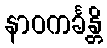
နာဝကင်္ခန္တိ